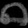
Digit: ၈